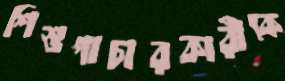
শিশুপাচারকারীকে